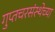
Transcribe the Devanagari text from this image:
गुप्तचरसंस्थेच्या